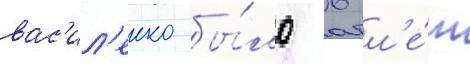
вас'ил'енко бы́ло 6 л'е́т